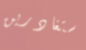
ستغادرين